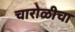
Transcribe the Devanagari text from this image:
चारोळीचा